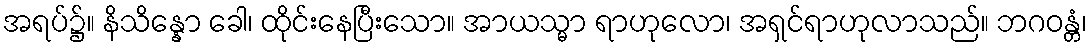
အရပ်၌။ နိသိန္နော ခေါ၊ ထိုင်းနေပြီးသော။ အာယသ္မာ ရာဟုလော၊ အရှင်ရာဟုလာသည်။ ဘဂဝန္တံ၊